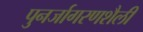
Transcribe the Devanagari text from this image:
पुनर्जागरणशैली